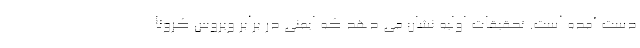
دست آمده است. تحقیقات اولیه نشان می دهد که ایمنی در برابر ویروس کرونا